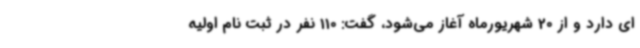
ای دارد و از 20 شهریورماه آغاز می‌شود، گفت: 110 نفر در ثبت نام اولیه